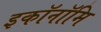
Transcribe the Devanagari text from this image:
इकॉनॉमि